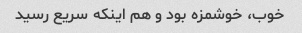
خوب، خوشمزه بود و هم اینکه سریع رسید